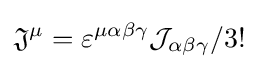
{\mathfrak {J}}^{\mu }=\varepsilon ^{\mu \alpha \beta \gamma }{\mathcal {J}}_{\alpha \beta \gamma }/3!